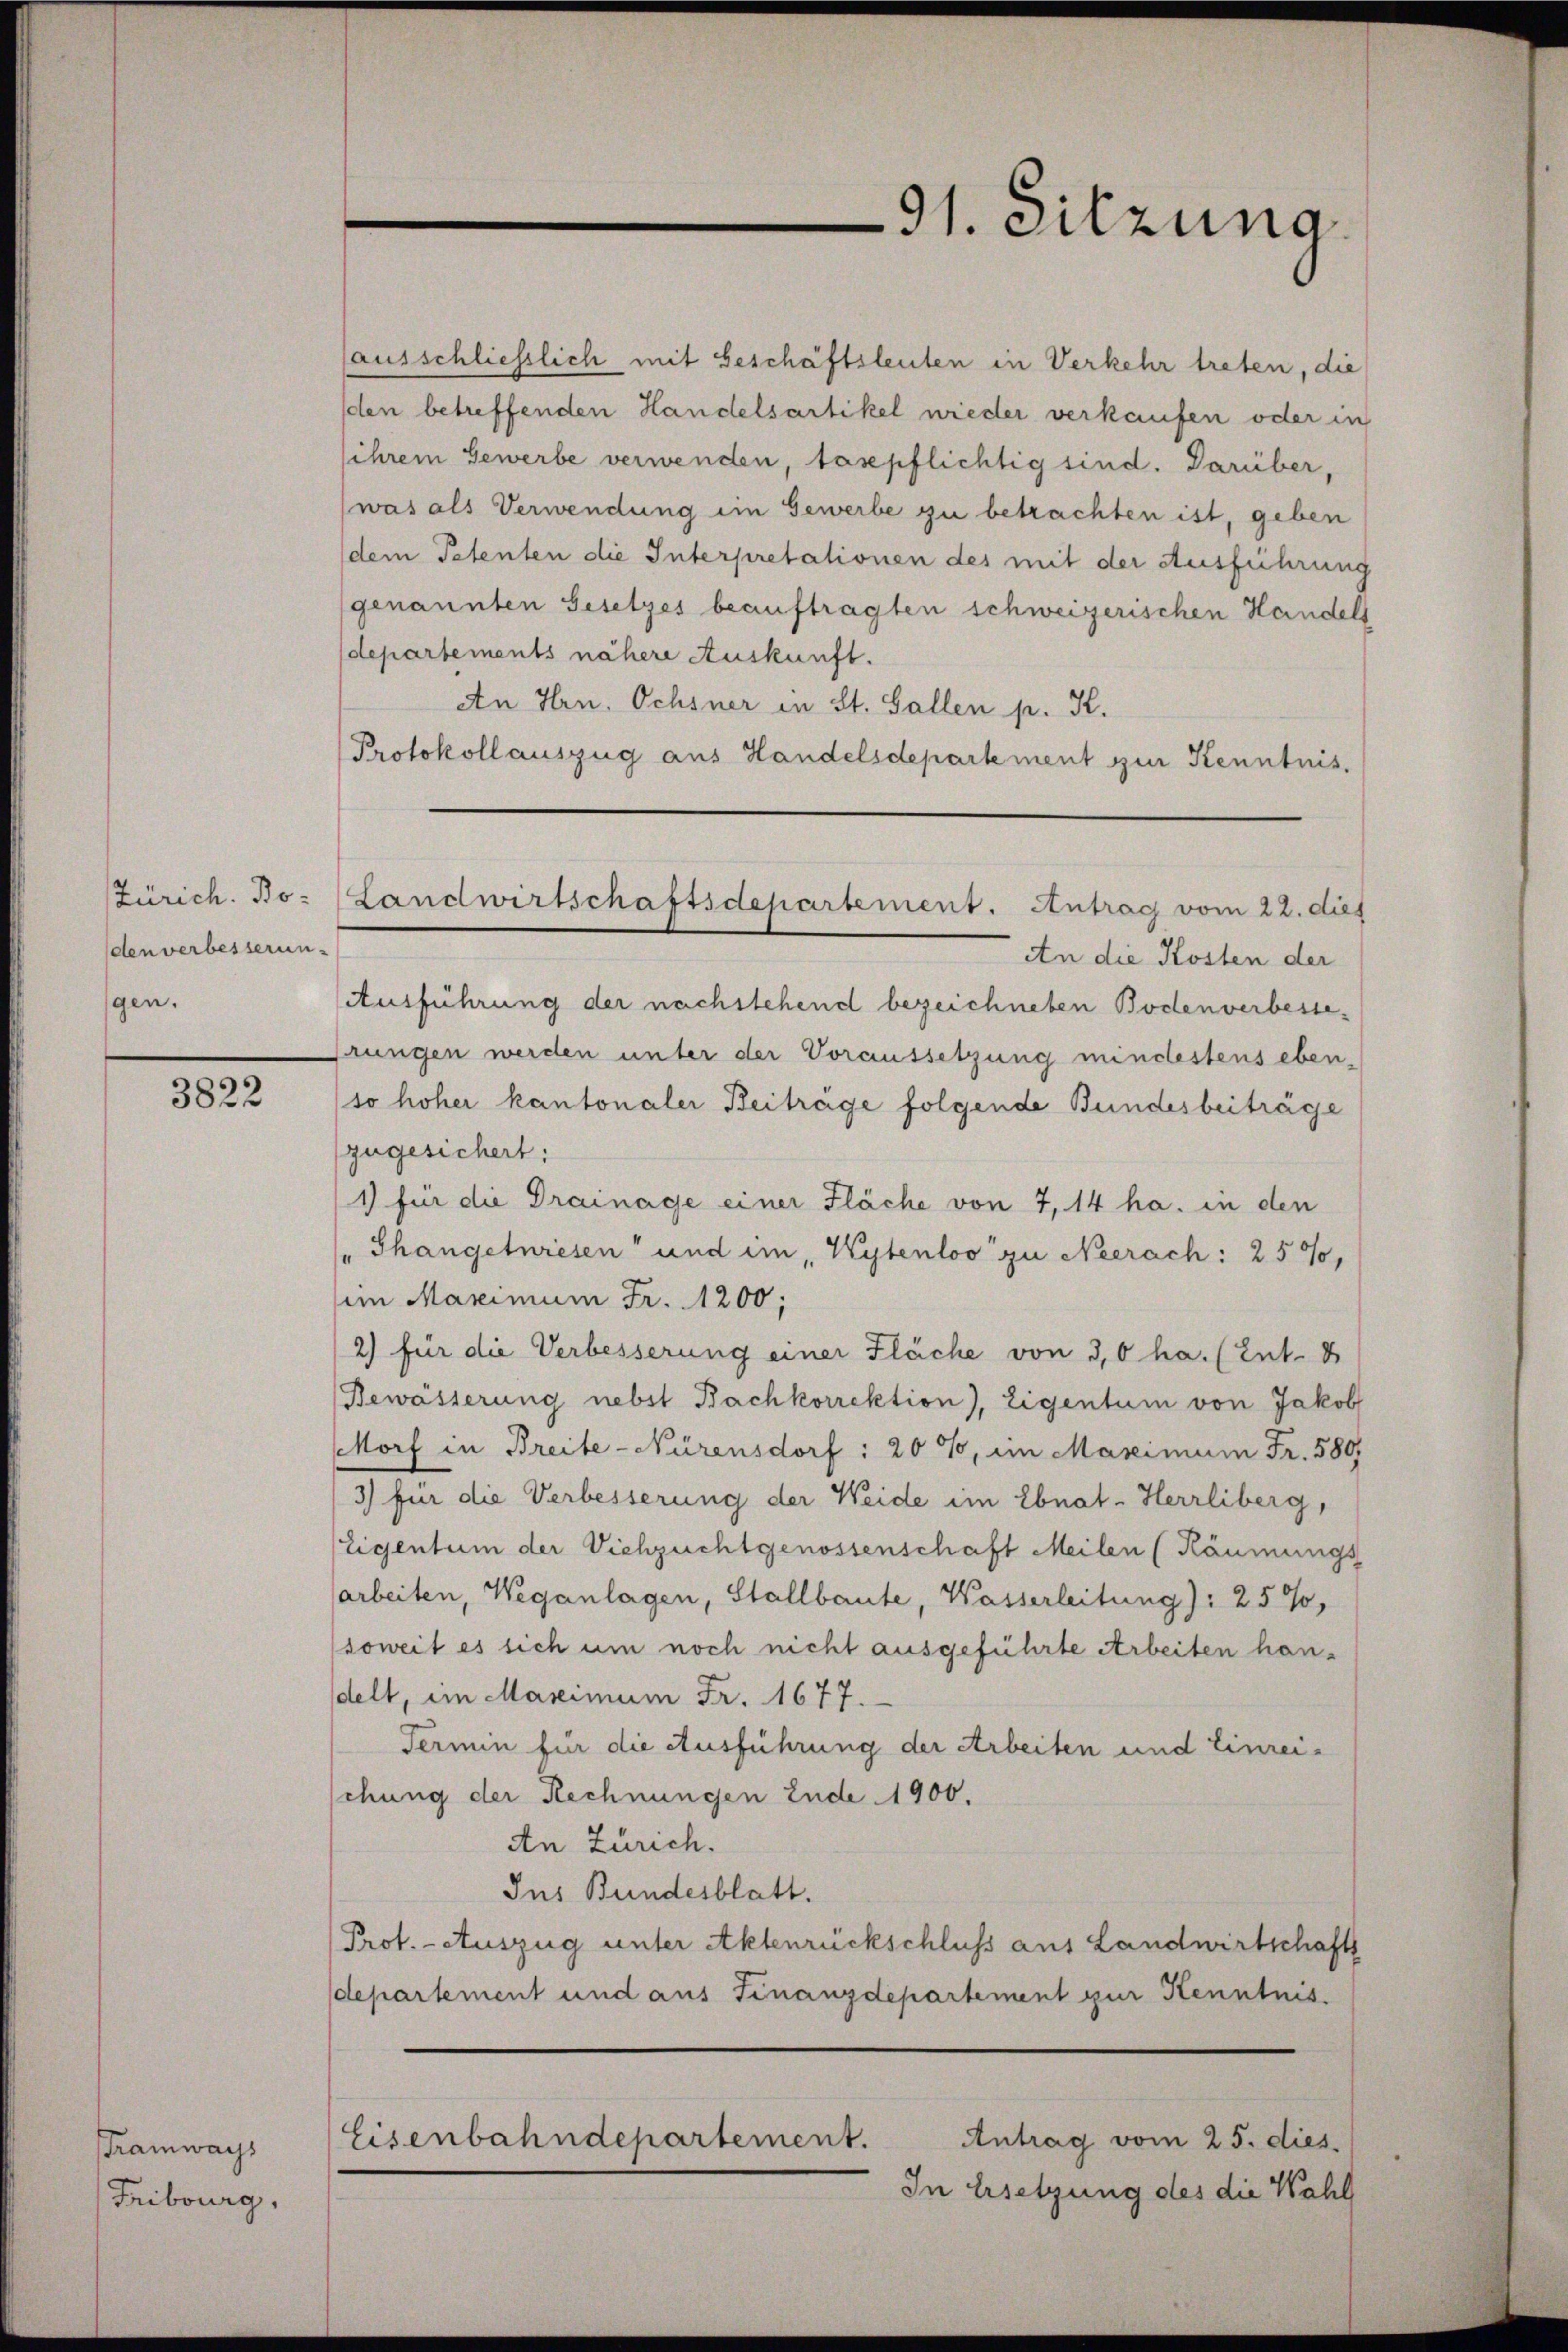
Zürich. Bo-
den verbesserungen.

3822

Tramways
Fribourg,

ausschliesslich mit Geschäftsleuten in Verkehr treten, die
den betreffenden Handelsartikel wieder verkaufen oder in
sihrem Gewerbe verwenden, taspflichtig sind. Darüber,
(was als Verwendung im Gewerbe zu betrachten ist, geben
dem Petenten die Interpretationen des mit der Ausführung
genannten Gesetzes beauftragten schweizerischen Handels
departements nähere Auskunft.
An Hrn. Ochsner in St. Gallen p. K.
Protokollauszug aus Handelsdepartement zur Kenntnis,
An die Kosten der
Ausführung der nachstehend bezeichneten Bodenverbessegnungen werden unter der Voraussetzung mindestens eben-
so hoher kantonaler Beiträge folgende Bundesbeiträge
zugesichert;
1) für die Drainage einer Fläche von 7, 14 ha. in den
"Thangetwiesen und im, Kytenloo zu Neerach: 25%,
im Maximum Fr. 1200;
2) für die Verbesserung einer Fläche von 3,6 ha. (Ent. 4
Bewässerung nebst Bachkorrektion), Eigentum von Jakob
Morf in Breite-Nürensdorf: 20 %, im Maximum Fr. 580
3) für die Verbesserung der Weide im Ebnat-Herrliberg,
Eigentum der Viehzuchtgenossenschaft Meilen (Käumungs
arbeiten, Weganlagen, Stallbaute, Wasserleitung): 25%,
soweit es sich um noch nicht ausgeführte Arbeiten han-
delt, im Maximum Fr. 1677.
Termin für die Ausführung der Arbeiten und Einreischung der Rechnungen Ende 1900.
An Zürich.
Ins Bundesblatt.
Prot. - Auszug unter Aktenrückschluss aus Landwirtschafts
departement und aus Finanzdepartement zur Kenntnis
Antrag vom 25. dies
Eisenbahndepartement.
In Ersetzung des die Wahl

91. Sitzung.

Landwirtschaftsdepartement. Antrag vom 22. dies